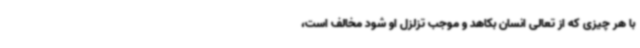
با هر چیزی که از تعالی انسان بکاهد و موجب تزلزل او شود مخالف است،